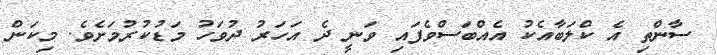
ސާންތި އެ ކްލަބާއެކު އެއްބަސްވެފައި ވަނީ ދެ އަހަރު ދުވަހު މަޑުކުރުމަށެވެ. މިކަން